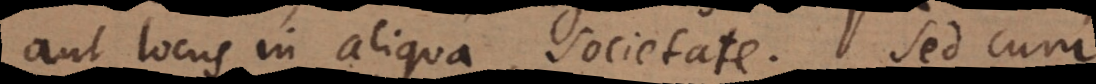
aut locus in aliqua societate. Sed cum